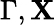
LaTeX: \Gamma,\mathbf{X}